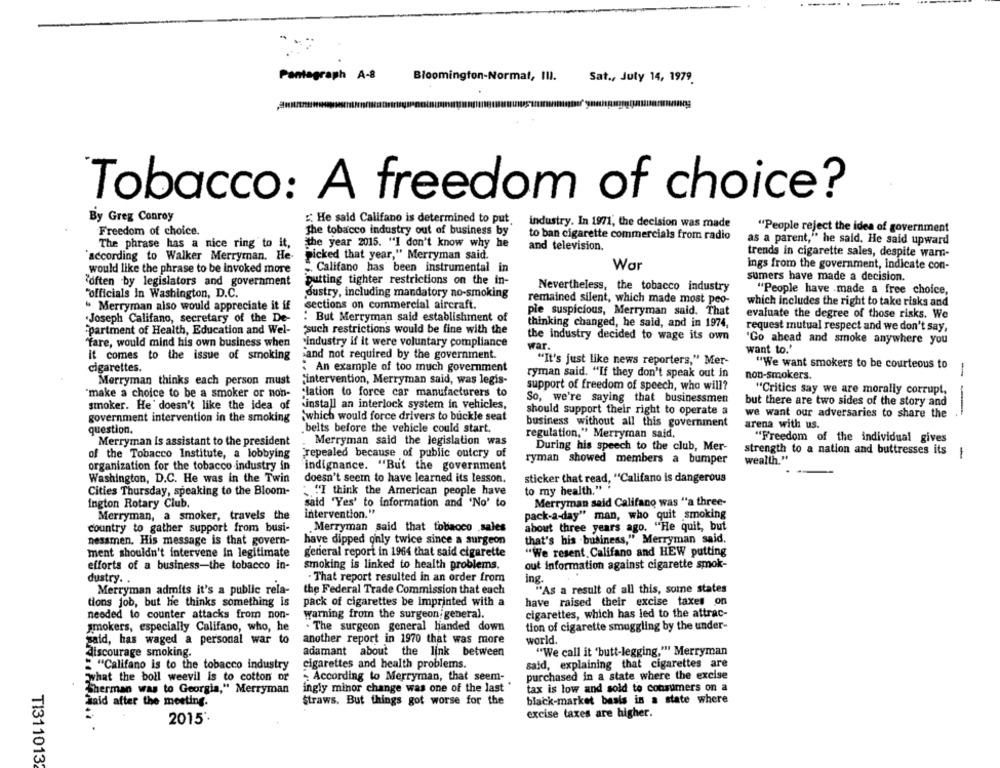
Pantagraph A-8
Bloomington-Normal, III.
Sat ., July 14, 1979.
Tobacco: A freedom of choice?
By Greg Conroy
He said Califano is determined to put.
industry. In 1971, the decision was made
"People reject the idea of government
Freedom of choice.
the tobacco industry out of business by
to ban cigarette commercials from radio
The phrase has a nice ring to it,
the year 2015. "I don't know why he
and television.
as a parent," he said. He said upward
trends in cigarette sales, despite warn-
according to Walker Merryman. He-
picked that year," Merryman said.
would like the phrase to be invoked more
„ Califano has been instrumental in
War
ings from the government, indicate con-
"often by legislators and government
putting tighter restrictions on the in-
sumers have made a decision.
Nevertheless, the tobacco industry
"People have made a free choice,
"officials In Washington, D.C.
dustry, including mandatory no-smoking
remained silent, which made most peo-
Merryman also would appreciate it if
sections on commercial aircraft.
which includes the right to take risks and
ple suspicious, Merryman said. That
evaluate the degree of those risks. We
.Joseph Califano, secretary of the De-
. But Merryman said establishment of
-partment of Health, Education and Wel-
"such restrictions would be fine with the
thinking changed, he said, and in 1974,
request mutual respect and we don't say,
the industry decided to wage its own
"fare, would mind his own business when
`industry if it were voluntary compliance
war.
'Go ahead and smoke anywhere you
want to.'
it comes to the issue of smoking
and not required by the government.
"It's just like news reporters," Mer-
cigarettes.
: An example of too much government
"We want smokers to be courteous to
ryman said. "If they don't speak out in
non-smokers.
-
Merryman thinks each person must
"intervention, Merryman said, was legis-
lation to force car manufacturers to
support of freedom of speech, who will?
"Critics say we are morally corrupt,
"make a choice to be a smoker or non-
So, we're saying that businessmen
smoker. He' doesn't like the idea of
install an interlock system in vehicles,
but there are two sides of the story and
should support their right to operate a
we want our adversaries to share the
--
government intervention in the smoking
`which would force drivers to buckle seat
business without all this government
question.
.belts before the vehicle could start.
arena with us.
regulation," Merryman said,
"Freedom of the individual gives
Merryman is assistant to the president
Merryman said the legislation was
of the Tobacco Institute, a lobbying
Frepealed because of public outcry of
During his speech to the club, Mer-
strength to a nation and buttresses its
ryman showed members a bumper
wealth."
1
organization for the tobacco industry in
indignance. "But the government
Washington, D.C. He was in the Twin
doesn't seem to have learned its lesson.
sticker that read, "Califano is dangerous
Cities Thursday, speaking to the Bloom-
"I think the American people have
to my health." "
ington Rotary Club.
said 'Yes' to information and 'No' to
Merryman said Califano was "a three-
intervention."
pack-a-day" man, who quit smoking
Merryman, a smoker, travels the
country to gather support from busi-
Merryman said that tobacco .sales
about three years ago. "He quit, but
nessmen. His message is that govern-
have dipped only twice since a surgeon
that's his business," Merryman said.
ment shouldn't intervene In legitimate
general report in 1964 that said cigarette
"We resent, Califano and HEW putting
efforts of a business-the tobacco in-
smoking is linked to health problems.
out information against cigarette smok-
dustry. .
· That report resulted in an order from
ing.
Merryman admits it's a public rela-
the Federal Trade Commission that each
"As a result of all this, some states
tions job, but he thinks something is
pack of cigarettes be imprinted with a
have raised their excise taxes on
needed to counter attacks from non-
warning from the surgeon general.
cigarettes, which has led to the attrac-
smokers, especially Califano, who, he
The surgeon general handed down
tion of cigarette smuggling by the under-
said, has waged a personal war to
another report in 1970 that was more
world.
discourage smoking.
adamant about the link between
"We call it 'butt-legging."" Merryman
" "Califano is to the tobacco industry
cigarettes and health problems.
said, explaining that cigarettes are
purchased in a state where the excise
what the boll weevil is to cotton or
According to Merryman, that seem-
Sherman was to Georgia," Merryman
ingly minor change was one of the last
tax is low and sold to consumers on a
black-market basis in a state where
Said after the meeting.
Straws. But things got worse for the
excise taxes are higher.
2015'
TI311013